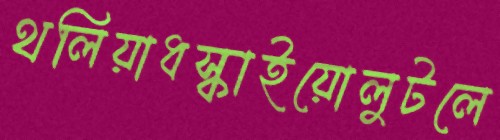
থলিয়াধস্‌কাইয়োলুটলে